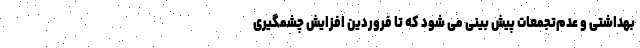
بهداشتی و عدم‌تجمعات پیش بینی می شود که تا فروردین افزایش چشمگیری